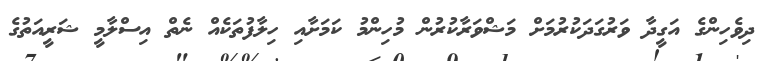
ދިވެހިންގެ އަގީދާ ވަރުގަދަކުރުމަށް މަޝްވަރާކުރުން މުހިންމު ކަމަށާއި ހިލާފުތަކެއް ނެތް އިސްލާމީ ޝަރީއަތުގެ